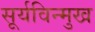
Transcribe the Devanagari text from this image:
सूर्यविन्मुख